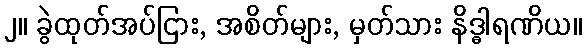
၂။ ခွဲထုတ်အပ်ငြား, အစိတ်များ, မှတ်သား နိဒ္ဓါရဏိယ။